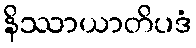
နိဿာယာတိပဒံ